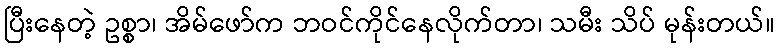
ပြီးနေတဲ့ ဥစ္စာ၊ အိမ်ဖော်က ဘဝင်ကိုင်နေလိုက်တာ၊ သမီး သိပ် မုန်းတယ်။